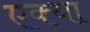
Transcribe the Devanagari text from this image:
एक्या